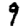
Digit: 9